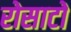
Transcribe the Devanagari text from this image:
रोसाटो